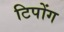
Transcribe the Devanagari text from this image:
टिपोंग